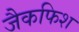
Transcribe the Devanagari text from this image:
जैकफिश